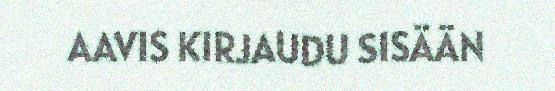
AAVIS KIRJAUDU SISÄÄN